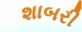
શાબરી